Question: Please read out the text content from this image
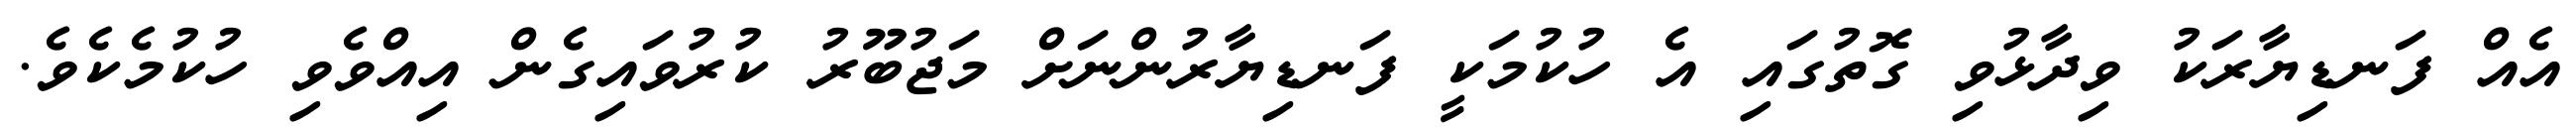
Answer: އެއް ފަނޑިޔާރަކު ވިދާޅުވި ގޮތުގައި އެ ހުކުމަކީ ފަނޑިޔާރުންނަށް މަޖުބޫރު ކުރުވައިގެން އިއްވެވި ހުކުމެކެވެ.